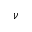
\nu